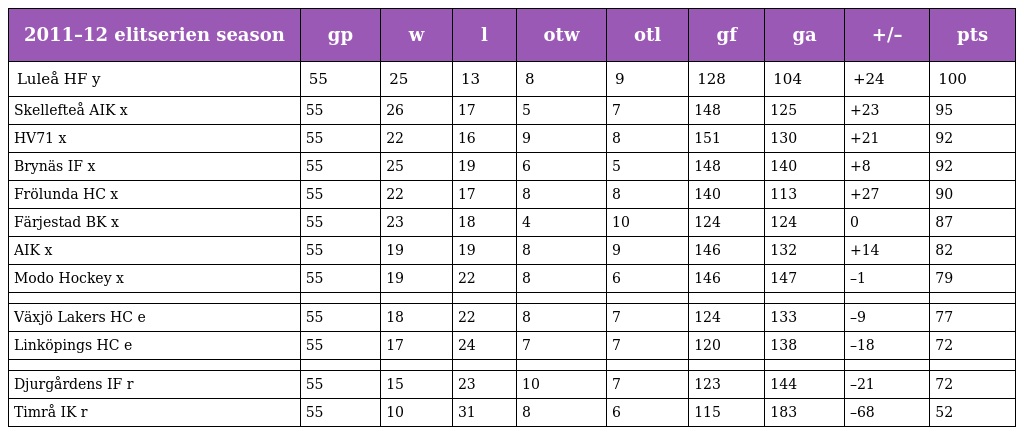
| 2011–12 elitserien season | gp | w | l | otw | otl | gf | ga | +/– | pts |
 | --- | --- | --- | --- | --- | --- | --- | --- | --- | --- |
 | Luleå HF y | 55 | 25 | 13 | 8 | 9 | 128 | 104 | +24 | 100 |
 | Skellefteå AIK x | 55 | 26 | 17 | 5 | 7 | 148 | 125 | +23 | 95 |
 | HV71 x | 55 | 22 | 16 | 9 | 8 | 151 | 130 | +21 | 92 |
 | Brynäs IF x | 55 | 25 | 19 | 6 | 5 | 148 | 140 | +8 | 92 |
 | Frölunda HC x | 55 | 22 | 17 | 8 | 8 | 140 | 113 | +27 | 90 |
 | Färjestad BK x | 55 | 23 | 18 | 4 | 10 | 124 | 124 | 0 | 87 |
 | AIK x | 55 | 19 | 19 | 8 | 9 | 146 | 132 | +14 | 82 |
 | Modo Hockey x | 55 | 19 | 22 | 8 | 6 | 146 | 147 | –1 | 79 |
 |  |  |  |  |  |  |  |  |  |  |
 | Växjö Lakers HC e | 55 | 18 | 22 | 8 | 7 | 124 | 133 | –9 | 77 |
 | Linköpings HC e | 55 | 17 | 24 | 7 | 7 | 120 | 138 | –18 | 72 |
 |  |  |  |  |  |  |  |  |  |  |
 | Djurgårdens IF r | 55 | 15 | 23 | 10 | 7 | 123 | 144 | –21 | 72 |
 | Timrå IK r | 55 | 10 | 31 | 8 | 6 | 115 | 183 | –68 | 52 |